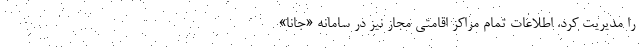
را مدیریت کرد. اطلاعات تمام مراکز اقامتی مجاز نیز در سامانه «جانا»